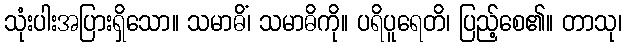
သုံးပါးအပြားရှိသော။ သမာဓိံ၊ သမာဓိကို။ ပရိပူရေတိ၊ ပြည့်စေ၏။ တာသု၊